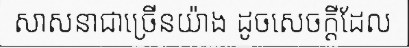
សាសនាជាច្រើនយ៉ាង ដូចសេចក្តីដែល